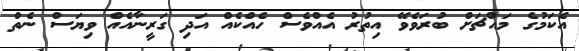
އެކަމުގެ މައްޗަށް ބުރަވެވޭ އިތުރު އެއްވެސް ހެއްކެއް އަދި ގަރީނާއެއް ވިޔަސް ނެތް